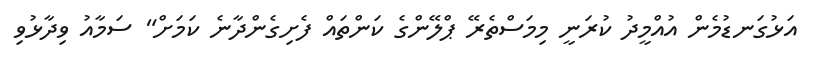
އަޅުގަނޑުމެން އުއްމީދު ކުރަނީ މިމަސްތެރޭ ޕްލޭންގެ ކަންތައް ފެށިގެންދާނެ ކަމަށް" ސަމާއު ވިދާޅުވި